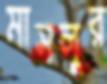
মাসলুর